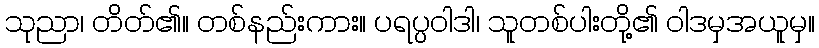
သုညာ၊ တိတ်၏။ တစ်နည်းကား။ ပရပ္ပဝါဒါ၊ သူတစ်ပါးတို့၏ ဝါဒမှအယူမှ။